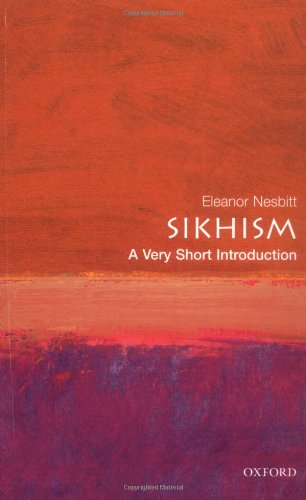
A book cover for Sikhism: A Very Short Introduction (Very Short Introductions); Eleanor Nesbitt; Religion & Spirituality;